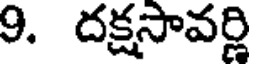
9. దక్షసావర్ణి